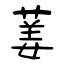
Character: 葁